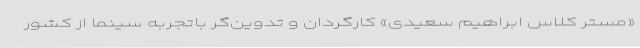
«مستر کلاس ابراهیم سعیدی» کارگردان و تدوین‌گر باتجربه سینما از کشور